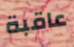
عاقبة